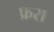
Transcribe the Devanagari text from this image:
फ्ररा